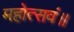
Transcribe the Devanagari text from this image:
महोत्सवं॥